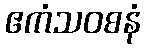
ဧကံသဝစနံ